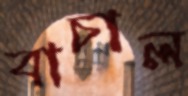
বাচাল